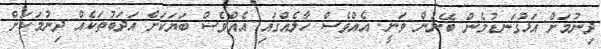
ދިނުމަށް އަޅުގަނޑުމެން ބޭނުން ވަނީ. އެއްވެސް ހާލެއްގައި އެއްވެސް ބަޔަކަށް އަދަބުތަކެއް ދިނުމަކަށް